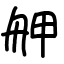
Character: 舺